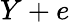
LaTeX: Y+e